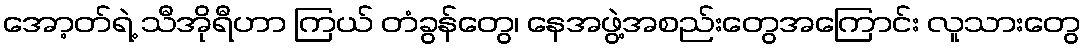
အော့တ်ရဲ့ သီအိုရီဟာ ကြယ် တံခွန်တွေ၊ နေအဖွဲ့အစည်းတွေအကြောင်း လူသားတွေ